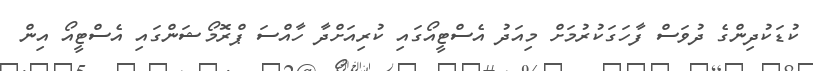
ކުޑަކުދިންގެ ދުވަސް ފާހަގަކުރުމަށް މިއަދު އެސްޓީއޯގައި ކުރިއަށްދާ ހާއްސަ ޕްރޮމޯޝަންގައި އެސްޓީއޯ އިން